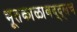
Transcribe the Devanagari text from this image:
भूतकाळाबद्द्लच